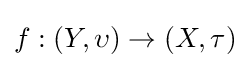
f:(Y,\upsilon )\to \left(X,\tau \right)